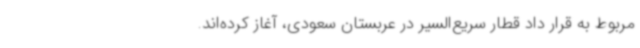
مربوط به قرار داد قطار سریع‌السیر در عربستان سعودی، آغاز کرده‌اند.